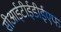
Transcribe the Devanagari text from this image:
सीआईटीईडीईएफ